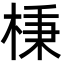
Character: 棅